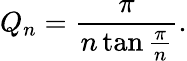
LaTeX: Q_{n}={\frac{\pi}{n\tan{\frac{\pi}{n}}}}.